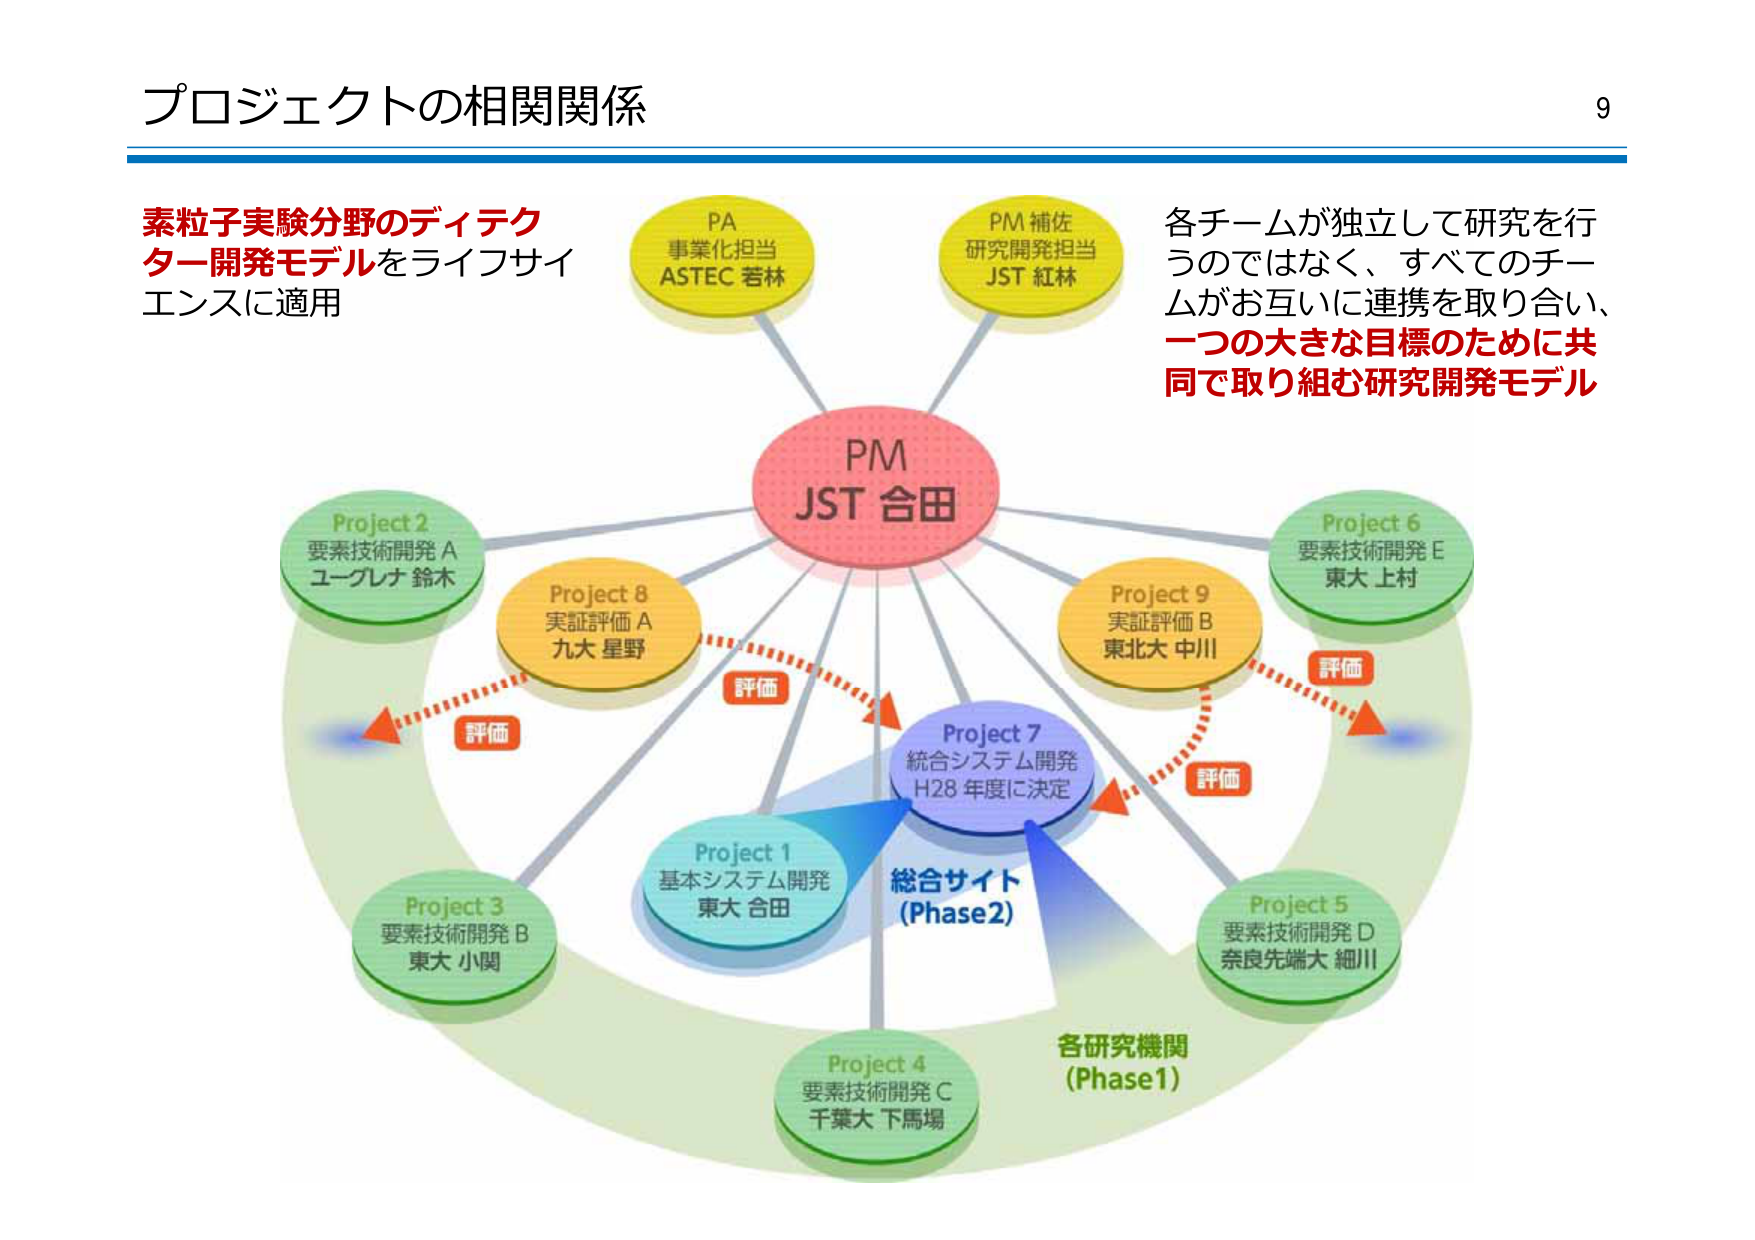
プロジェクトの相関関係

9

素粒子実験分野のディテクター開発モデルをライフサイエンスに適用

PA
事業化担当
ASTEC 若林

PM 補佐
研究開発担当
JST 紅林

PM
JST 合田

Project 2
要素技術開発 A
ユーグレナ 鈴木

Project 8
実証評価 A
九大 星野

Project 9
実証評価 B
東北大 中川

Project 6
要素技術開発 E
東大 上村

Project 7
統合システム開発
H28 年度に決定

Project 1
基本システム開発
東大 合田

Project 3
要素技術開発 B
東大 小関

Project 5
要素技術開発 D
奈良先端大 細川

Project 4
要素技術開発 C
千葉大 下馬場

各チームが独立して研究を行うのではなく、すべてのチームがお互いに連携を取り合い、一つの大きな目標のために共同で取り組む研究開発モデル

評価

評価

評価

評価

総合サイト
(Phase2)

各研究機関
(Phase1)